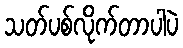
သတ်ပစ်လိုက်တာပါပဲ